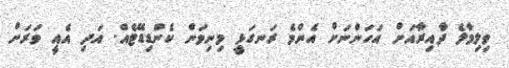
ވިލިމާލެ ދާއިރާއަށް އަހަންނަށް އެންމެ ރަނގަޅީ މިނިވަން ކެންޑިޑޭޓެއް. އަދި އެއީ ވަރަށް